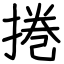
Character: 捲